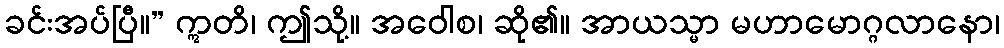
ခင်းအပ်ပြီ။” ဣတိ၊ ဤသို့။ အဝေါစ၊ ဆို၏။ အာယသ္မာ မဟာမောဂ္ဂလာနော၊